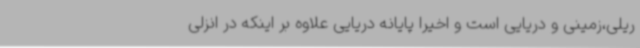
ریلی،زمینی و دریایی است و اخیرا پایانه دریایی علاوه بر اینکه در انزلی